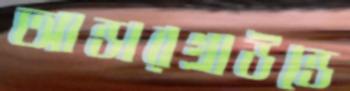
আন্ডারগ্রাউন্ডে